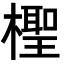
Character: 檉